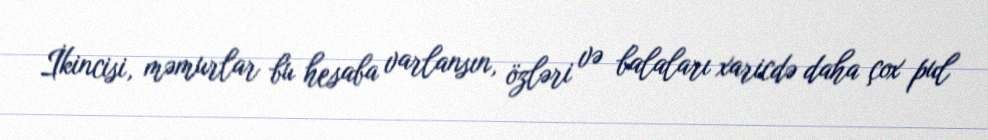
İkincisi, məmurlar bu hesaba varlansın, özləri və balaları xaricdə daha çox pul